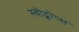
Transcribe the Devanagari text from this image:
स्वीट्शोप्स